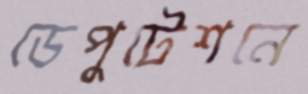
ডেপুটেশনে